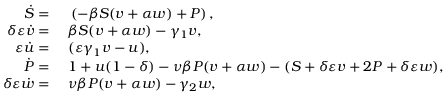
\begin{array} { r l } { \Dot { S } = } & { { } \; \left( - \beta S ( v + \alpha w ) + P \right) , } \\ { \delta \varepsilon \Dot { v } = } & { { } \; \beta S ( v + \alpha w ) - \gamma _ { 1 } v , } \\ { \varepsilon \Dot { u } = } & { { } \; ( \varepsilon \gamma _ { 1 } v - u ) , } \\ { \Dot { P } = } & { { } \; 1 + u ( 1 - \delta ) - \nu \beta P ( v + \alpha w ) - ( S + \delta \varepsilon v + 2 P + \delta \varepsilon w ) , } \\ { \delta \varepsilon \Dot { w } = } & { { } \; \nu \beta P ( v + \alpha w ) - \gamma _ { 2 } w , } \end{array}